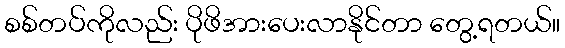
စစ်တပ်ကိုလည်း ပိုဖိအားပေးလာနိုင်တာ တွေ့ရတယ်။